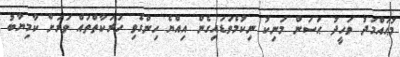
މުޙައްމަދު ވަހީދު ޙަސަން މަނިކު ނިކުމެވަޑައިގެން އިއްޔެ ހިންގެވި ހަރަކާތްތައް ވަރަށް ކާމިޔާބު